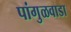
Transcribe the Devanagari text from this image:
पांगुळवाडा